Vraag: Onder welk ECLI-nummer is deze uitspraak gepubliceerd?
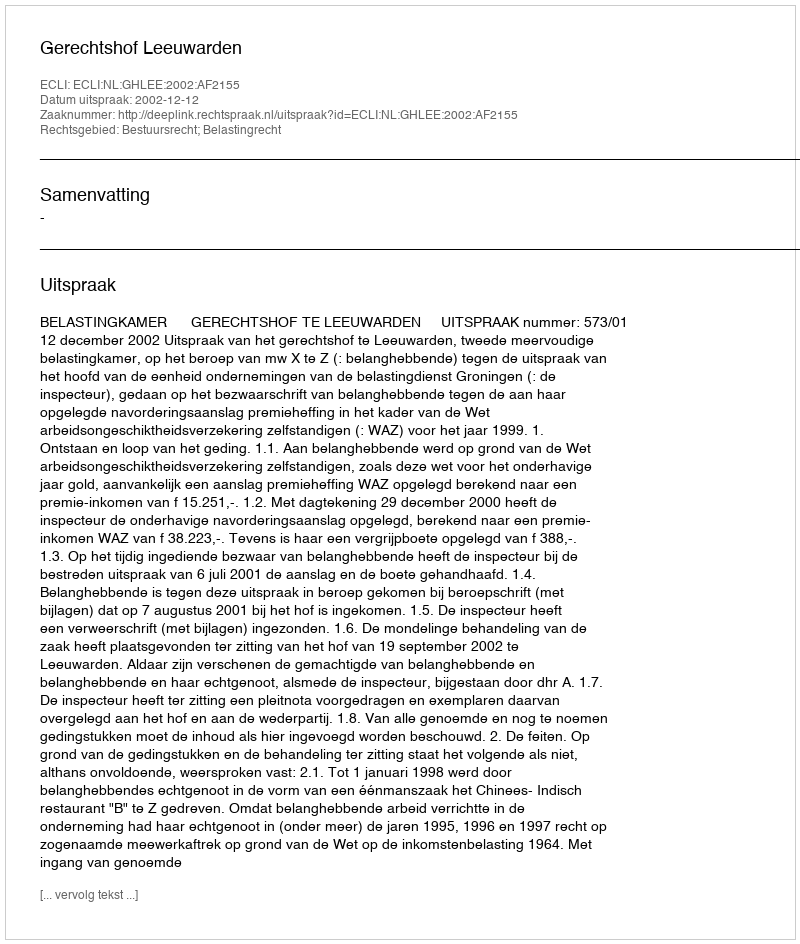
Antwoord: ECLI:NL:GHLEE:2002:AF2155